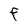
Character: F